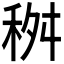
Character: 𥞢